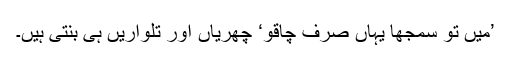
’میں تو سمجھا یہاں صرف چاقو‘ چھریاں اور تلواریں ہی بنتی ہیں۔